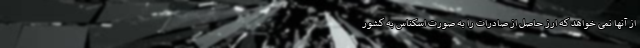
از آ‌نها نمی خواهد که ارز حاصل از صادرات را به صورت اسکناس به کشور